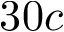
3 0 c